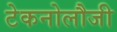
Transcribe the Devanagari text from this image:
टेकनोलौजी